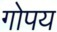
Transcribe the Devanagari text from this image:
गोपय